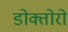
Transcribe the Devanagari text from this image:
डोक्तोरो